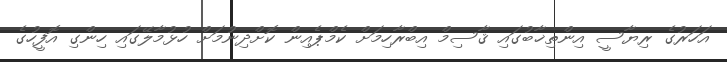
އަހަރުގެ ރިޔާސީ އިންތިޚާބުގައި ޤާސިމް އިބްރާހިމަށް ކެމްޕެއިން ކޮށްދިނުމަށް ހުޅުމާލޭގައި ހިންގި އޮފީހުގެ